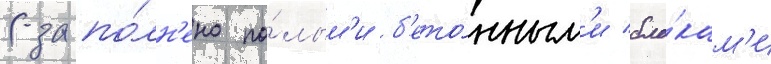
(запо́лн'ено по́лым'и б'ето́нным'и бло́кам'и